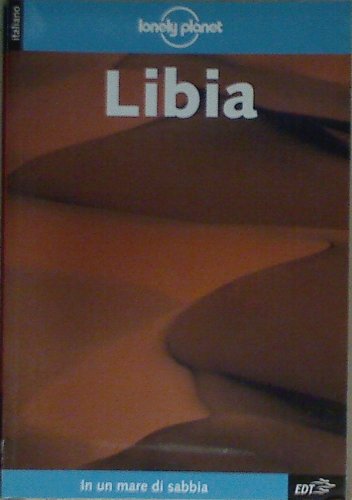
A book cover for Libia (Lonely Planet Guide EDT / Lonely Planet) (Italian Edition); Libia; Travel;